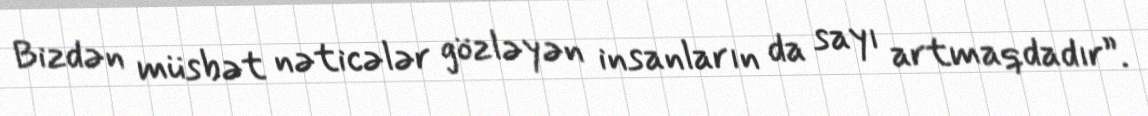
Bizdən müsbət nəticələr gözləyən insanların da sayı artmaqdadır”.